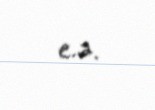
e.ə.